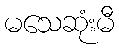
မသေဆုံးမီ